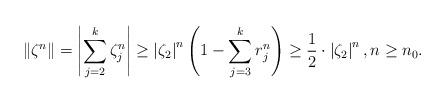
LaTeX: \begin{align*} \Vert \zeta^{n}\Vert = \left\vert \sum_{j=2}^{k} \zeta_{j}^{n}\right\vert \geq \left\vert\zeta_{2}\right\vert^{n}\left(1-\sum_{j=3}^{k} r_{j}^{n}\right)\geq \frac{1}{2}\cdot \left\vert\zeta_{2}\right\vert^{n}, n\geq n_{0}.\end{align*}